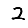
Digit: 2